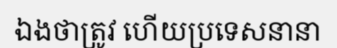
ឯងថាត្រូវ ហើយប្រទេសនានា